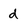
Character: d